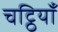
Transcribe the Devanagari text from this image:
चट्ठियाँ